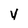
Character: v